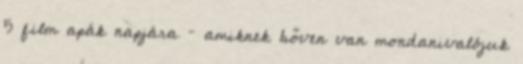
5 film apák napjára – amiknek bőven van mondanivalójuk